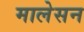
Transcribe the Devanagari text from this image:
मालेसन